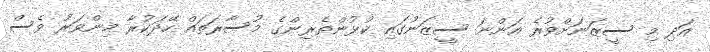
އަދި މި ސީޒަނަށްވުރެ އަންނަ ސީޒަނުގައި ކުޅުންތެރިންގެ މުސާރަތައް ހޭދަކުރާ މިންވަރު ވެސް